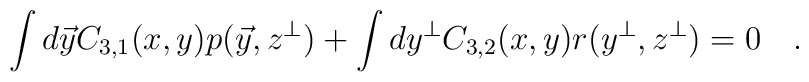
\int d\vec{y}C_{3,1}(x,y) p( \vec{y}, z^{\bot})+\int dy^\bot C_{3,2}(x,y)r(y^{\bot}, z^{\bot})=0 \quad.